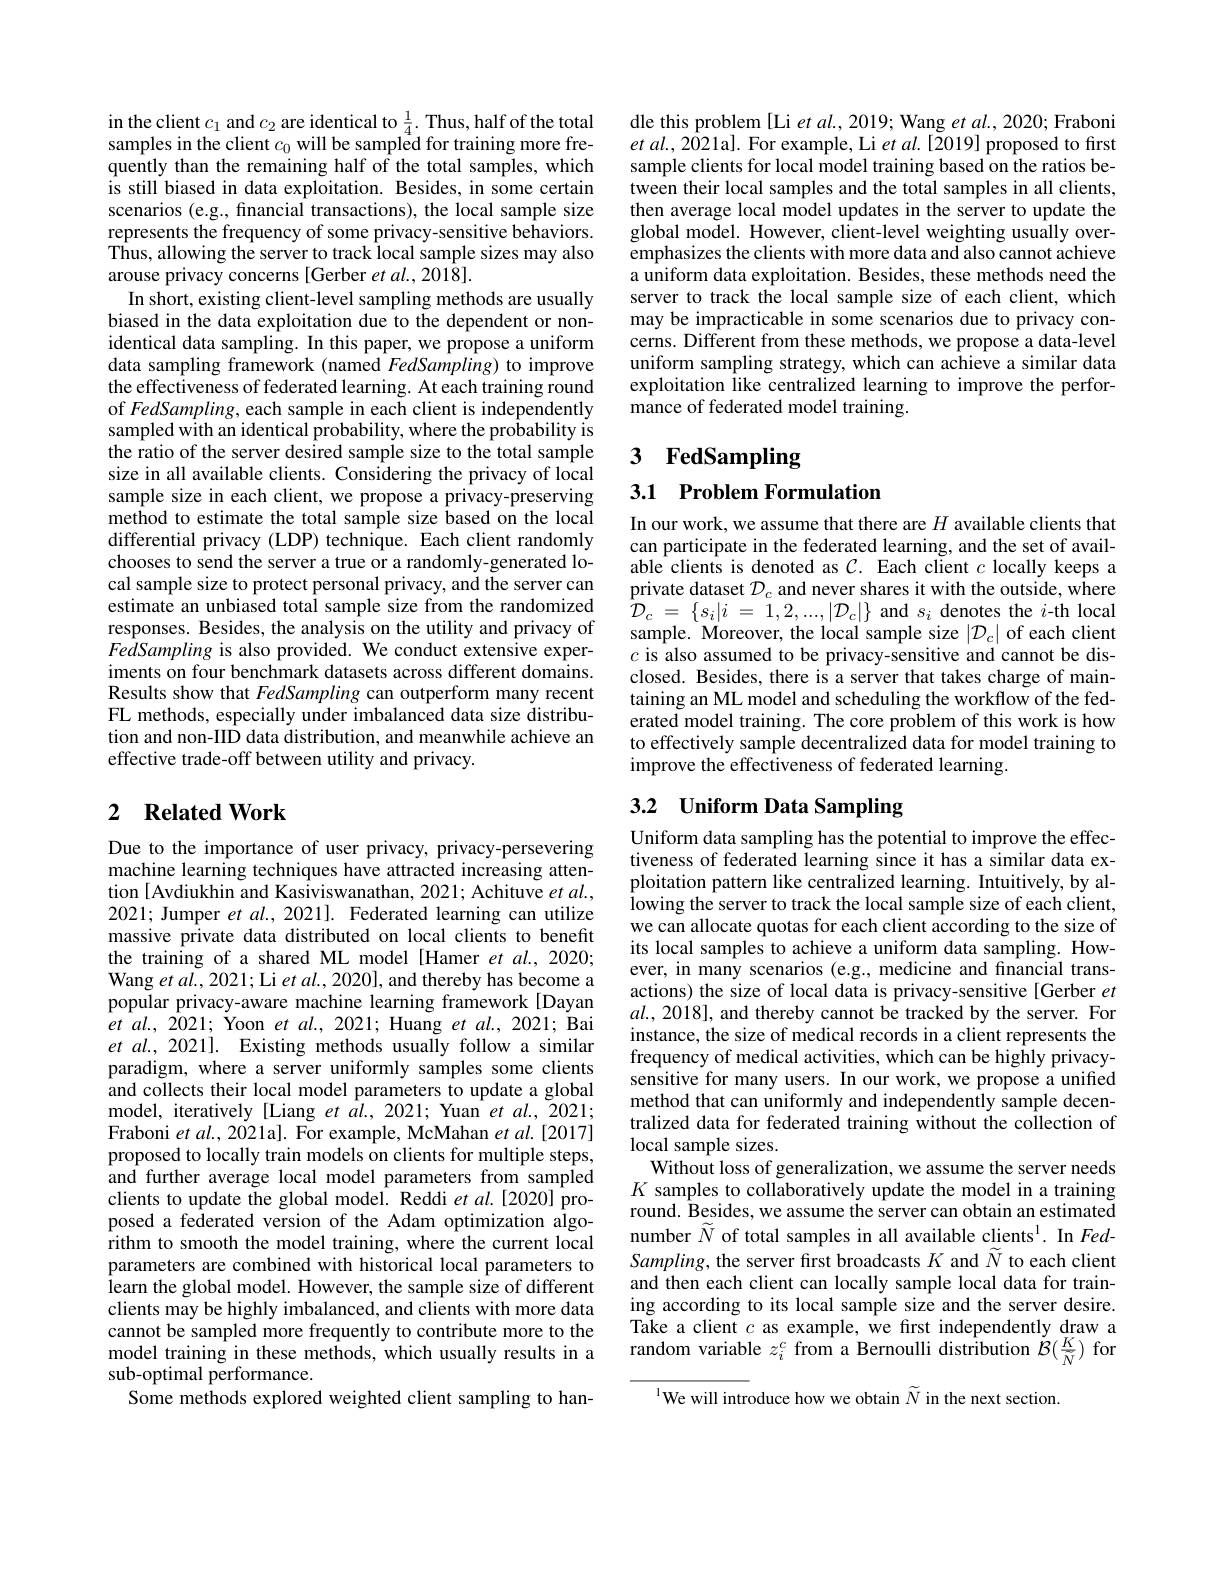
in the client $c_1$ and $c_2$ are identical to $\frac14.$ Thus, half of the totals sampled for training more frequently than the remaining half of the total samples, which is still biased in data exploitation. Besides, in some certain scenarios (e.g., financial transactions), the local sample size represents the frequency of some privacy-sensitive behaviors. $\hat{\text{Thus, allowing the server to track local sample sizes may also}}$ arouse privacy concerns [Gerber et al., 2018].
In short, existing client-level sampling methods are usually biased in the data exploitation due to the dependent or nonidentical data sampling. In this paper, we propose a uniform data sampling framework (named FedSampling) to improve the effectiveness of federated learning. At each training round of FedSampling, each sample in each client is independently sampled with an identical probability, where the probability is the ratio of the server desired sample size to the total sample size in all available clients. Considering the privacy of local sample size in each client, we propose a privacy-preserving method to estimate the total sample size based on the local differential privacy (LDP) technique. Each client randomly chooses to send the server a true or a randomly-generated local sample size to protect personal privacy, and the server can estimate an unbiased total sample size from the randomized responses. Besides, the analysis on the utility and privacy of FedSampling is also provided. We conduct extensive experiments on four benchmark datasets across different domains. Results show that FedSampling can outperform many recent FL methods, especially under imbalanced data size distribution and non-IID data distribution, and meanwhile achieve an effective trade-off between utility and privacy.

## 2 $\textbf{Related Work}$

Due to the importance of user privacy, privacy-persevering machine learning techniques have attracted increasing attention [ Avdiukhin and Kasiviswanathan, 2021; Achituve et $al.$, 2021; Jumper et $al.,2021].$ Federated learning can utilize massive private data distributed on local clients to benefit the training of a shared ML model [Hamer et al., 2020; Wang et al., 2021; Li et al., 2020], and thereby has become a popular privacy-aware machine learning framework [Dayan $et$ $al. $, 2021; $\dot{\text{Yoon }} et$ $al. $, 2021; Huang $et$ $al. $, 2021; Bai et al., 2021]. Existing methods usually follow a similar paradigm, where a server uniformly samples some clients and collects their local model parameters to update a global model, iteratively [Liang et al., 2021; Yuan et al., 2021; Fraboni et al., 2021a]. For example, McMahan et al.[2017] proposed to locally train models on clients for multiple steps, and further average local model parameters from sampled clients to update the global model. Reddi $et$ al.[2020] proposed a federated version of the Adam optimization algorithm to smooth the model training, where the current local parameters are combined with historical local parameters to learn the global model. However, the sample size of different clients may be highly imbalanced, and clients with more data cannot be sampled more frequently to contribute more to the model training in these methods, which usually results in a sub-optimal performance.
Some methods explored weighted client sampling to han-

dle this problem [Li et al., 2019; Wang et al., 2020; Fraboni et al., 2021a]. For example, Li et al.[2019] proposed to first sample clients for local model training based on the ratios between their local samples and the total samples in all clients, then average local model updates in the server to update the global model. However, client-level weighting usually overemphasizes the clients with more data and also cannot achieve a uniform data exploitation. Besides, these methods need the server to track the local sample size of each client, which may be impracticable in some scenarios due to privacy concerns. Different from these methods, we propose a data-level uniform sampling strategy, which can achieve a similar data exploitation like centralized learning to improve the performance of federated model training.

# 3 FedSampling

# 3.1 Problem Formulation

In our work, we assume that there are $H$ available clients that can participate in the federated learning, and the set of available clients is denoted as $C.$ Each client $c$ locally keeps a private dataset $\mathcal{D}_c$ and never shares it with the outside, where $\bar{\mathcal{D} } _{c}$ = $\{ s_{i}| i$ = $1, 2, . . . , | \mathcal{D} _{c}| \}$ and $s_i$ denotes the $i$-th local sample. Moreover, the local sample size $|\mathcal{D}_c|$ of each client $c$ is also assumed to be privacy-sensitive and cannot be disclosed. Besides, there is a server that takes charge of maintaining an ML model and scheduling the workflow of the federated model training. The core problem of this work is how to effectively sample decentralized data for model training to improve the effectiveness of federated learning.

# 3.2 Uniform Data Sampling

Uniform data sampling has the potential to improve the effectiveness of federated learning since it has a similar data exploitation pattern like centralized learning. Intuitively, by allowing the server to track the local sample size of each client, we can allocate quotas for each client according to the size of its local samples to achieve a uniform data sampling. However, in many scenarios (e.g., medicine and financial transactions) the size of local data is privacy-sensitive [Gerber et $al.,2018]$, and thereby cannot be tracked by the server. For instance, the size of medical records in a client represents the frequency of medical activities, which can be highly privacysensitive for many users. In our work, we propose a unified method that can uniformly and independently sample decentralized data for federated training without the collection of local sample sizes.
Without loss of generalization, we assume the server needs $K$ samples to collaboratively update the model in a training round. Besides, we assume the server can obtain an estimated number $\widetilde{N}$ of total samples in all available clients$^{1}.$ In FedSampling, the server fırst broadcasts $K$ and $\widetilde{N}$ to each client and then each client can locally sample local data for training according to its local sample size and the server desire. Take a client $c$ as example, we first independently draw a random variable $z_i^c$ from a Bernoulli distribution $\tilde{\mathcal{B}}(\frac{K}{\tilde{N}})$ for
$^{1}$We will introduce how we obtain $\widetilde{N}$ in the next section.